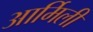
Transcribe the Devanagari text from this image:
आर्मिली